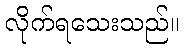
လိုက်ရသေးသည်။